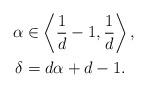
LaTeX: \begin{align*} \alpha&\in\left\langle{ \frac1d-1, \frac1d}\right\rangle,\\ \delta&=d\alpha+d-1.\end{align*}